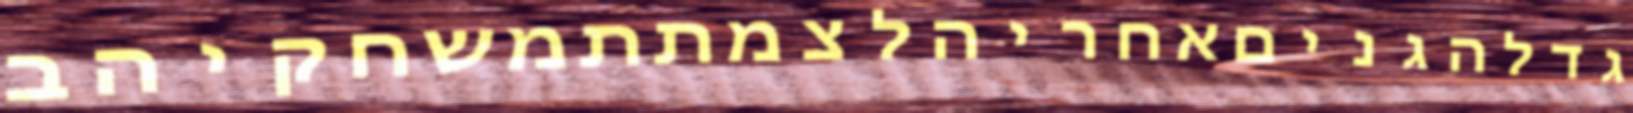
גדלהגניםאחריהלצמתתמשחקיהב